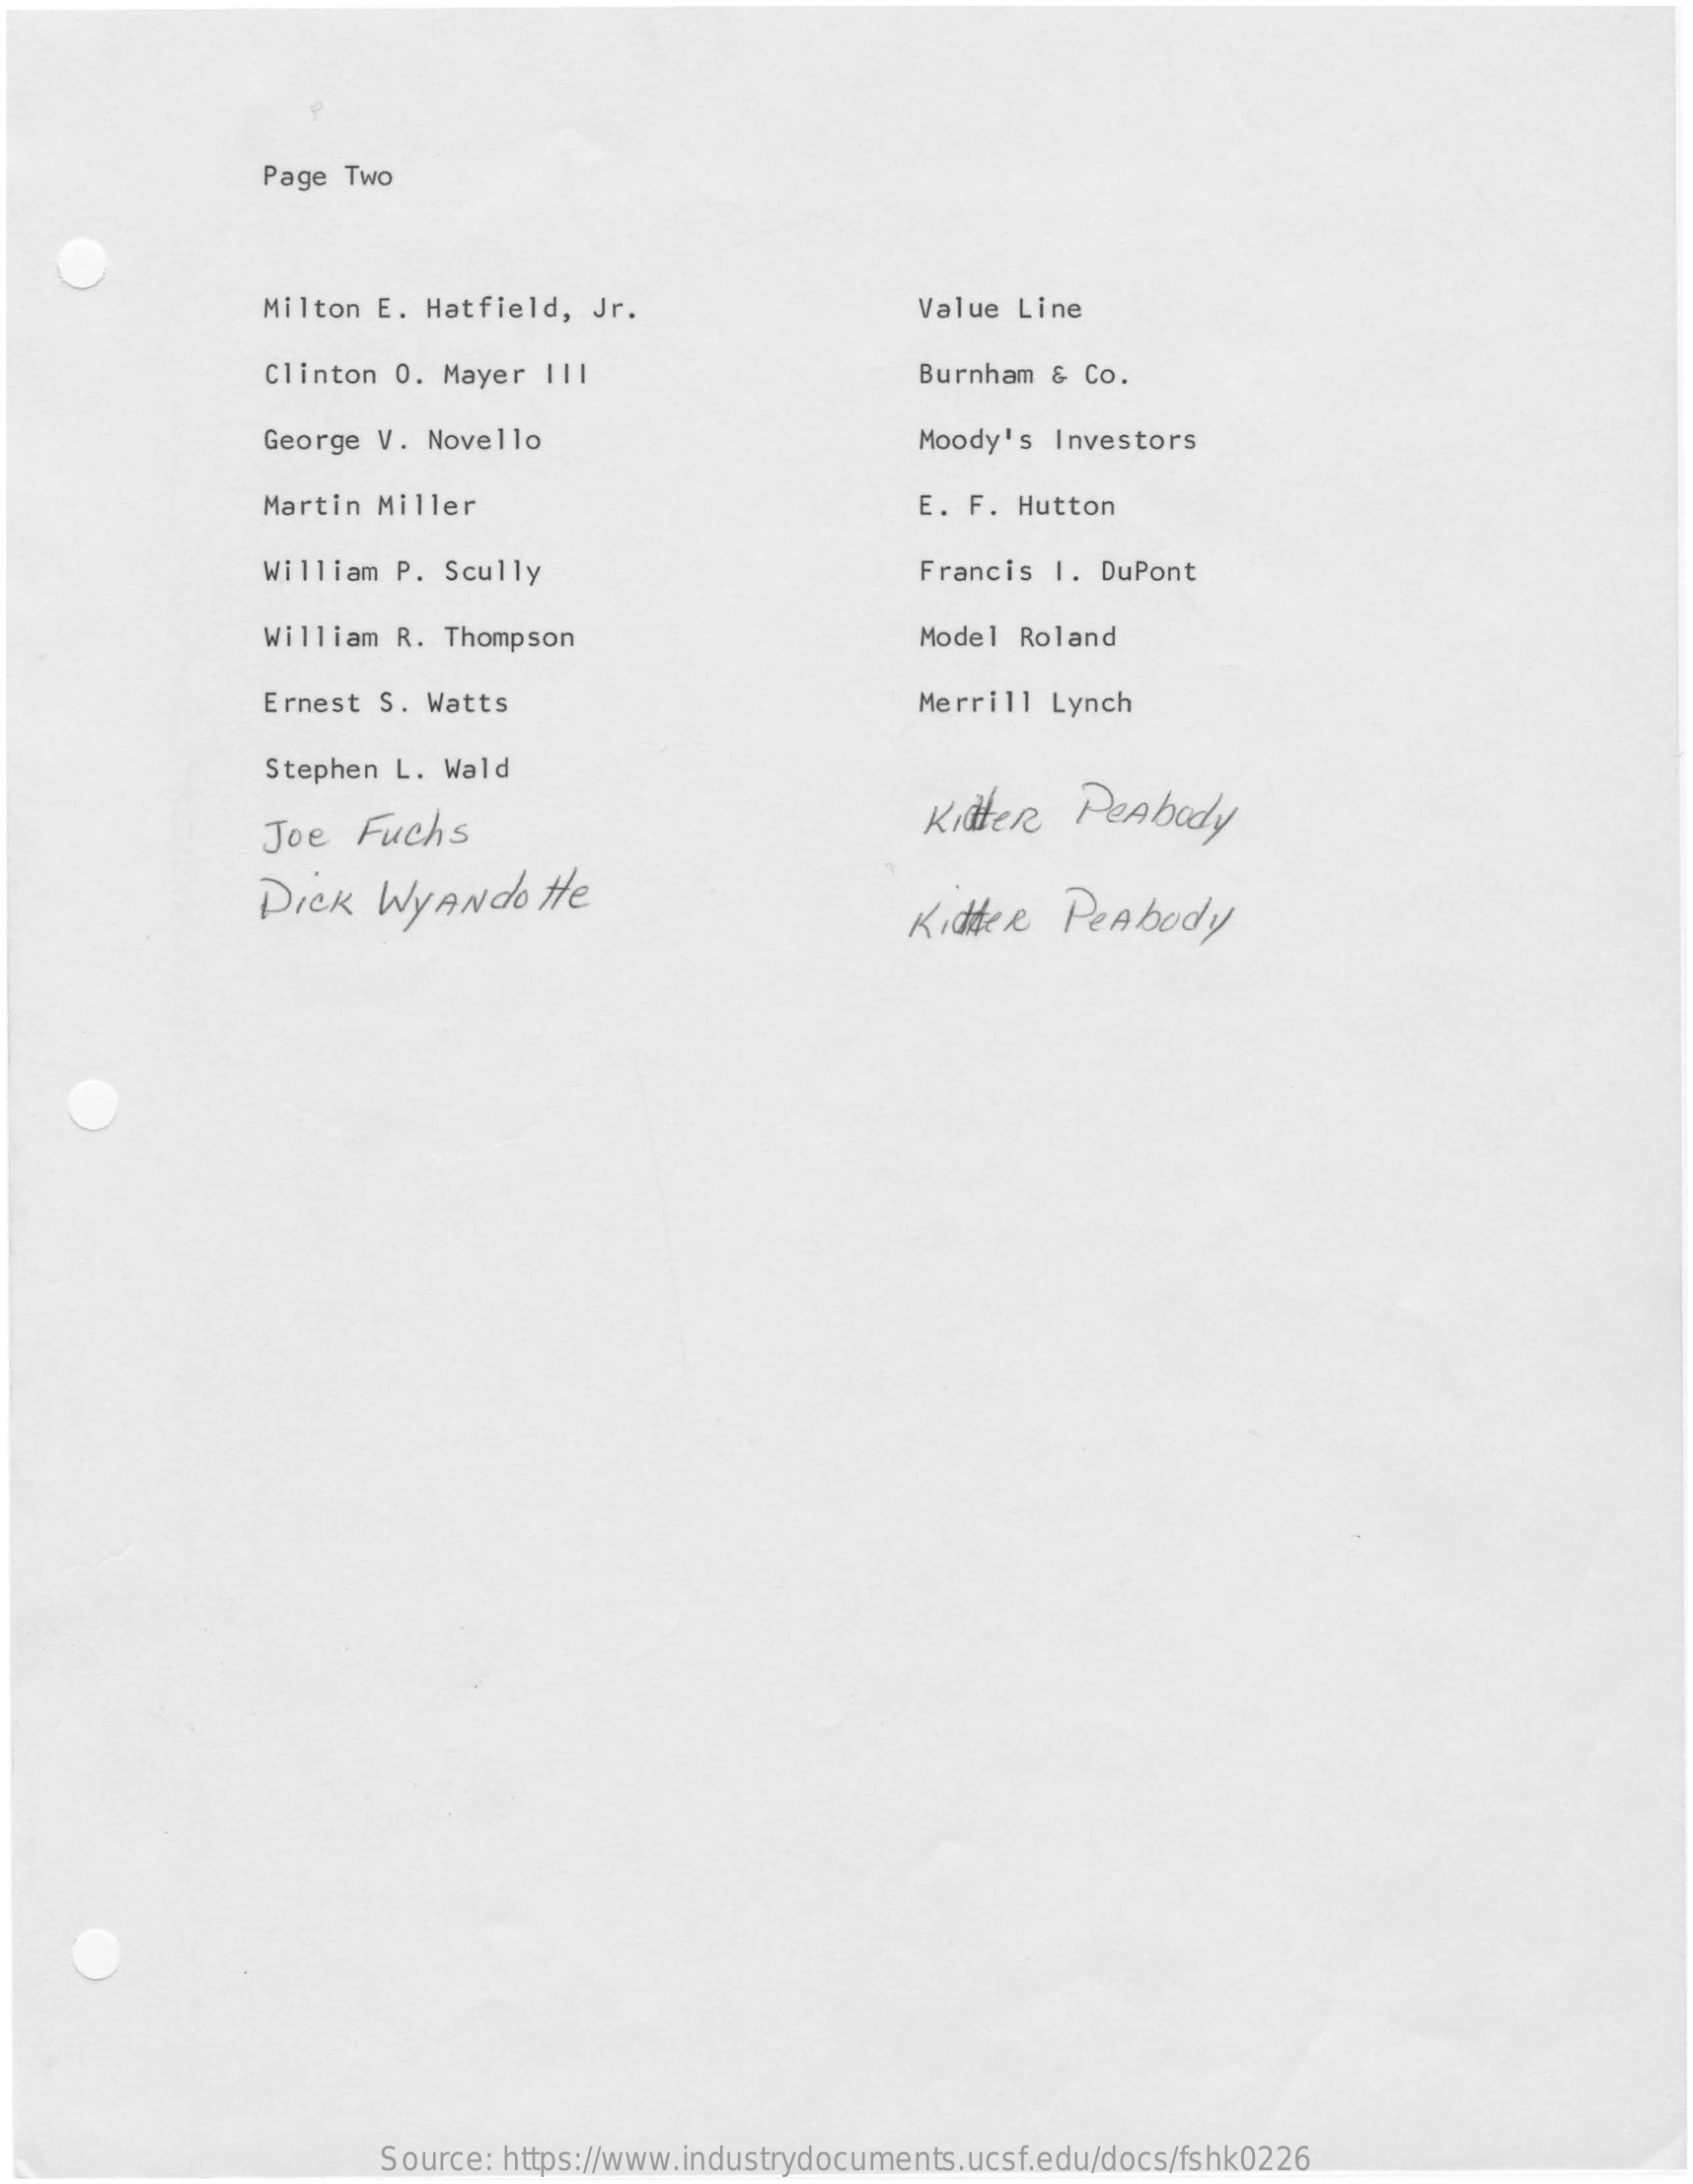
Page Two
     Milton E. Hatfield,  Jr.    Value Line
     Clinton 0. Mayer  111    Burnham & Co.
     George V. Novello    Moody's  Investors
     Martin Miller    E. F. Hutton
     William P. Scully    Francis I. DuPont
     William R. Thompson    Model Roland
     Ernest S. Watts    Merrill  Lynch
     Stephen L. Wald
     Joe  Fuchs    Kitter  Peabody
     Dick   WyANdo    He    Kidder   Peabody
     Source: https://www.industrydocuments.ucsf.edu/docs/fshk0226